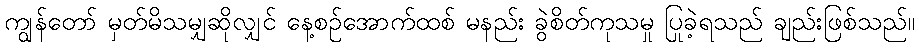
ကျွန်တော် မှတ်မိသမျှဆိုလျှင် နေ့စဉ်အောက်ထစ် မနည်း ခွဲစိတ်ကုသမှု ပြုခဲ့ရသည် ချည်းဖြစ်သည်။